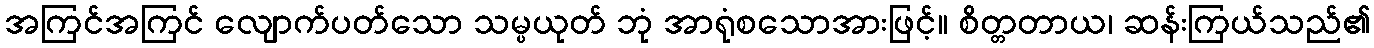
အကြင်အကြင် လျောက်ပတ်သော သမ္ပယုတ် ဘုံ အာရုံစသောအားဖြင့်။ စိတ္တတာယ၊ ဆန်းကြယ်သည်၏